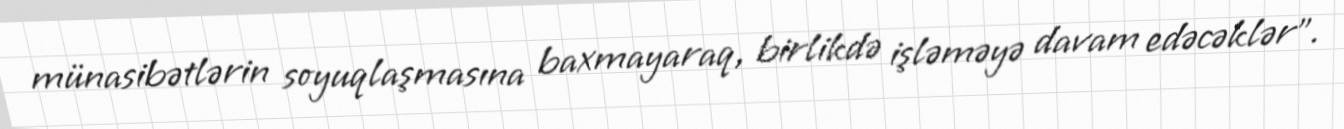
münasibətlərin soyuqlaşmasına baxmayaraq, birlikdə işləməyə davam edəcəklər”.